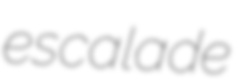
escalade